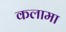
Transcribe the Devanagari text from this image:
कलामा